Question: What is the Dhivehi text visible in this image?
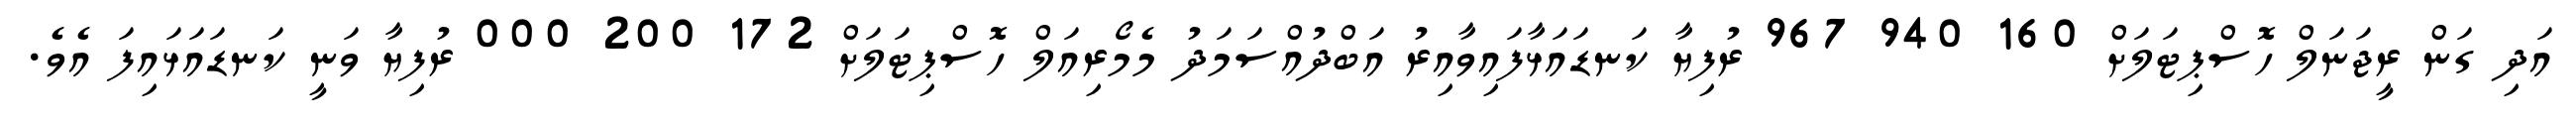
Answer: އަދި ގަން ރީޖަނަލް ހޮސްޕިޓަލަށް 160 940 967 ރުފިޔާ ކަނޑައަޅާފައިވާއިރު އަބްދުއްސަމަދު މެމޯރިއަލް ހޮސްޕިޓަލަށް 172 200 000 ރުފިޔާ ވަނީ ކަނޑައަޅައިފަ އެވެ.